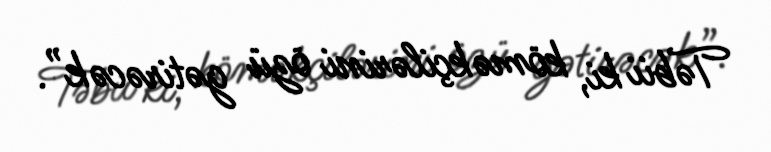
Təbii ki, köməkçilərini özü gətirəcək”.